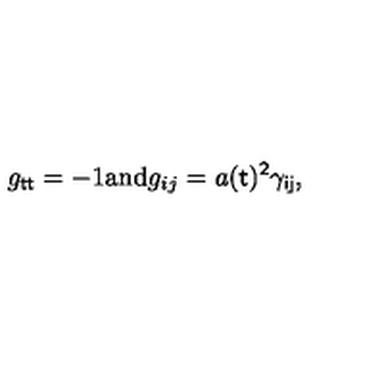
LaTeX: g _ { \sf t t } = - 1 \mathrm { a n d } g _ { i j } = a ( \sf t ) ^ { 2 } \gamma _ { i j } ,